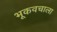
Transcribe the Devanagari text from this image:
भूकवचाला